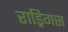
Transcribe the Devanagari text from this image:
राड्रिगस